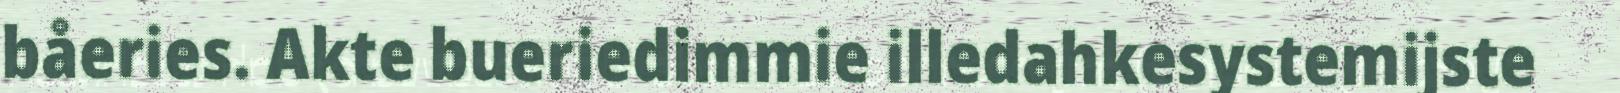
båeries. Akte bueriedimmie illedahkesystemijste